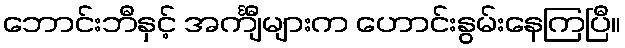
ဘောင်းဘီနှင့် အင်္ကျီများက ဟောင်းနွမ်းနေကြပြီ။